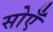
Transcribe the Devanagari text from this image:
सोएँ